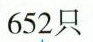
652只